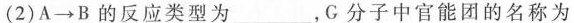
(2)A\to B的反应类型为___，C分子中官能团的名称为